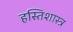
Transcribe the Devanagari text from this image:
हस्तिशास्त्र